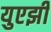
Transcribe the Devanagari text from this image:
युएझी